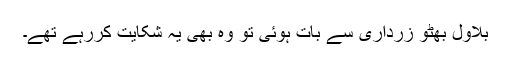
بلاول بھٹو زرداری سے بات ہوئی تو وہ بھی یہ شکایت کررہے تھے۔